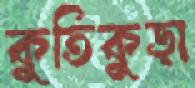
কুতিকুড়া